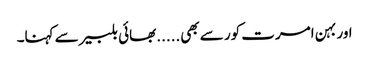
اور بہن امرت کور سے بھی.....بھائی بلبیر سے کہنا۔